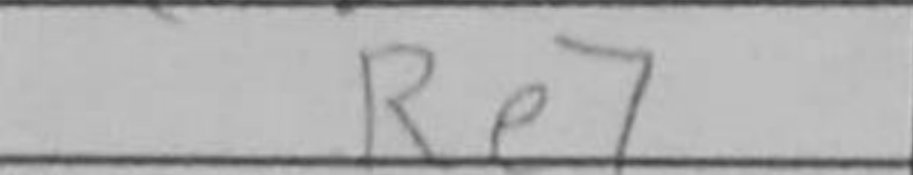
Transcription: Re7